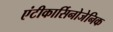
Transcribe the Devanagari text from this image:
एंटीकार्सिनोजेनिक